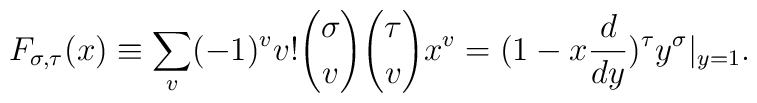
F_{\sigma, \tau}\big( x \big) \equiv \sum_v (-1)^v  v! {\sigma\choose v}{\tau \choose v}x^v = (1-x{d \over dy})^\tau  y^\sigma|_{y=1}.